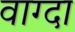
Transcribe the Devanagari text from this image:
वाग्दा